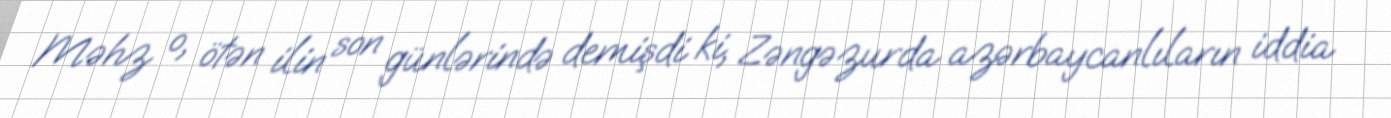
Məhz o, ötən ilin son günlərində demişdi ki, Zəngəzurda azərbaycanlıların iddia